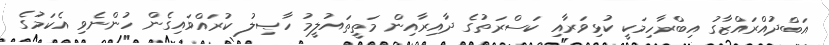
އަބްދުއްރައްޒާގު އިބްރާހިމަކީ ކުޅިވަރާއި ކަސްރަތުގެ ދާއިރާއިން މަތީތައުލީމު ހާާޞިލު ކުރައްވައިގެން ހުންނެވި އެކަމުގެ